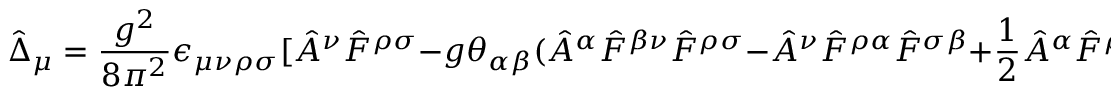
\hat { \Delta } _ { \mu } = { \frac { g ^ { 2 } } { 8 \pi ^ { 2 } } } \epsilon _ { \mu \nu \rho \sigma } [ \hat { A } ^ { \nu } \hat { F } ^ { \rho \sigma } - g \theta _ { \alpha \beta } ( \hat { A } ^ { \alpha } \hat { F } ^ { \beta \nu } \hat { F } ^ { \rho \sigma } - \hat { A } ^ { \nu } \hat { F } ^ { \rho \alpha } \hat { F } ^ { \sigma \beta } + { \frac { 1 } { 2 } } \hat { A } ^ { \alpha } \hat { F } ^ { \rho \sigma } \partial ^ { \nu } \hat { A } ^ { \beta } + \hat { A } ^ { \nu } \hat { A } ^ { \alpha } \partial ^ { \beta } \hat { F } ^ { \rho \sigma } ) ] .